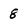
Character: 8